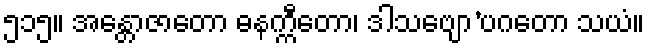
၅၁၅။ အန္တောဇာတော ဓနက္ကီတော၊ ဒါသဗျော’ပဂတော သယံ။